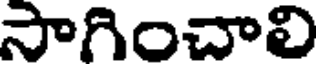
సాగించాలి